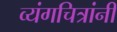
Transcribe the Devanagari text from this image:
व्यंगचित्रांनी